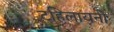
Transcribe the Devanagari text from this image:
टहिलायनी